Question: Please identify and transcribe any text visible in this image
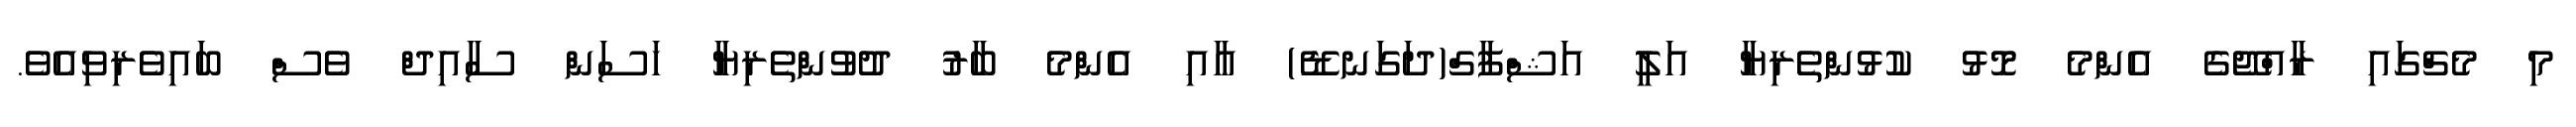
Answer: މި މެޗްގައި ރާއްޖޭގެ އެންމެ މޮޅު ކުޅުންތެރިޔާ އަލީ އަޝްފާގް(ދަގަނޑޭ) އާއި އެންމެ ބާރު ދުވުންތެރިޔާ ހަސަން ސާއިދް ވެސް ބައިވެރިވިއެވެ.